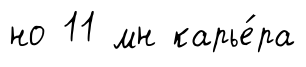
но 11 мн карье́ра